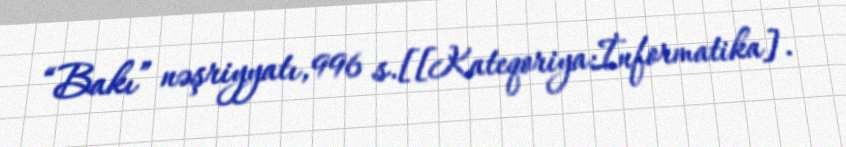
“Bakı” nəşriyyatı, 996 s.[[Kateqoriya:İnformatika].